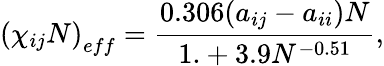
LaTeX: \left(\chi_{ij}N\right)_{eff}=\frac{0.306(a_{ij}-a_{ii})N}{1.+3.9N^{-0.51}},